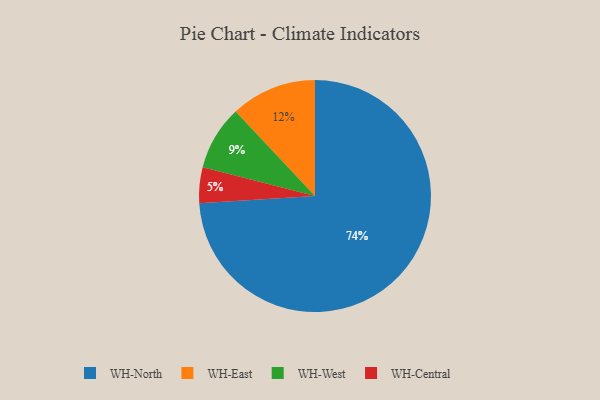
{"axis": {"x": "Category", "y": "Percentage"}, "legend": ["WH-Central", "WH-East", "WH-North", "WH-West"], "data": [{"x": "WH-East", "y": 12, "type": "WH-East"}, {"x": "WH-North", "y": 74, "type": "WH-North"}, {"x": "WH-West", "y": 9, "type": "WH-West"}, {"x": "WH-Central", "y": 5, "type": "WH-Central"}]}